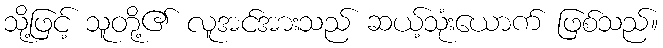
သို့ဖြင့် သူတို့၏ လူအင်အားသည် ဆယ့်သုံးယောက် ဖြစ်သည်။